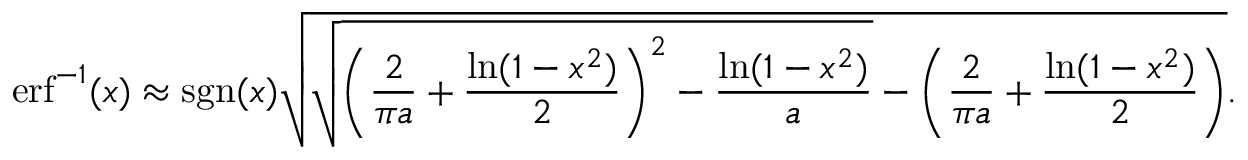
\operatorname { e r f } ^ { - 1 } ( x ) \approx \operatorname { s g n } ( x ) { \sqrt { { \sqrt { \left( { \frac { 2 } { \pi a } } + { \frac { \ln ( 1 - x ^ { 2 } ) } { 2 } } \right) ^ { 2 } - { \frac { \ln ( 1 - x ^ { 2 } ) } { a } } } } - \left( { \frac { 2 } { \pi a } } + { \frac { \ln ( 1 - x ^ { 2 } ) } { 2 } } \right) } } .